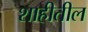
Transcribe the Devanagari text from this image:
शाहीतील